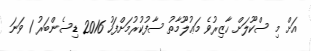
އަށް މި ސްކޫލަށް ހާޒިރުވެ މަޢުލޫމާތު ސާފުކުރުމަށްފަހު 2016 ޑިސެންބަރު 1 ވަނަ